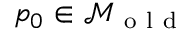
p _ { 0 } \in \mathcal { M } _ { \mathrm { ~ o ~ l ~ d ~ } }